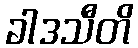
ခါဒသီတိ